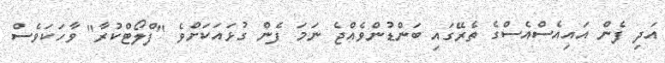
އަދި ފެން އައިއެސްއެސްގެ ތެރޭގައި ބަންޑުންވެއްޖެ ނަމަ ފެން ގުޅައަކަށްވެ "ފްލޯޓްކުރާ" ވާހަކަވެސް